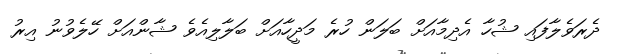
ދެރަވެލާފައި ޝުހާ އެދިމާއަށް ބަލަން ހުރެ މަދީހާއަށް ބަލާލިއެވެ ޝާންއަށް ހޭލެވުނު އިރު